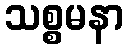
သစ္စမနာ